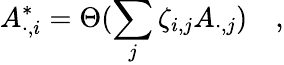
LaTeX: A_{\cdot,i}^{\ast}=\Theta(\sum_{j}\zeta_{i,j}A_{\cdot,j})\quad,